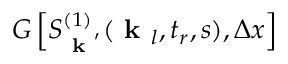
G \left[ S _ { \textbf { k } ^ { \prime } } ^ { ( 1 ) } ( \textbf { k } _ { l } , t _ { r } , s ) , \Delta x \right]